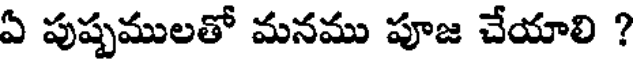
ఏ పుష్పములతో మనము పూజ చేయాలి ?